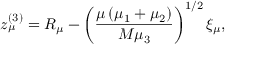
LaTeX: z _ { \mu } ^ { ( 3 ) } = R _ { \mu } - \left( \frac { \mu \left( \mu _ { 1 } + \mu _ { 2 } \right) } { M \mu _ { 3 } } \right) ^ { 1 / 2 } \xi _ { \mu } ,